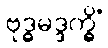
ဗုဒ္ဓမဒ္ဒက္ခိံ